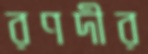
রণদীর